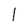
Character: 1